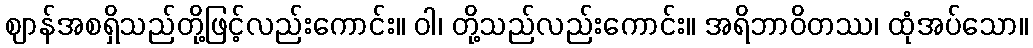
ဈာန်အစရှိသည်တို့ဖြင့်လည်းကောင်း။ ဝါ၊ တို့သည်လည်းကောင်း။ အရိဘာဝိတဿ၊ ထုံအပ်သော။